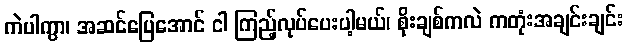
ကဲပါကွာ၊ အဆင်ပြေအောင် ငါ ကြည့်လုပ်ပေးပါ့မယ်၊ စိုးချစ်ကလဲ ကတုံးအချင်းချင်း